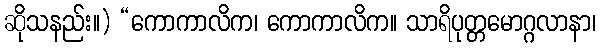
ဆိုသနည်း။) “ကောကာလိက၊ ကောကာလိက။ သာရိပုတ္တမောဂ္ဂလာနာ၊